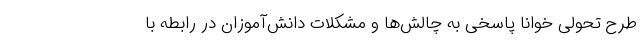
طرح تحولی خوانا پاسخی به چالش‌ها و مشکلات دانش‌آموزان در رابطه با